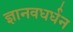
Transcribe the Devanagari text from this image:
ज्ञानवधर्धन